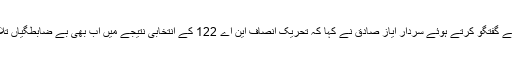
لاہور میں رکن قومی اسمبلی منتخب ہونے کے بعد میڈیا سے گفتگو کرتے ہوئے سردار ایاز صادق نے کہا کہ تحریک انصاف این اے 122 کے انتخابی نتیجے میں اب بھی بے ضابطگیاں تلاش کر رہی ہے وہ پی پی 147 کی بات کیوں نہیں کرتے۔